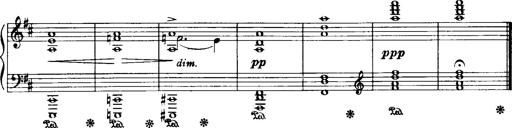
Title: Historische ungarische Bildnisse
Composer: Franz Liszt